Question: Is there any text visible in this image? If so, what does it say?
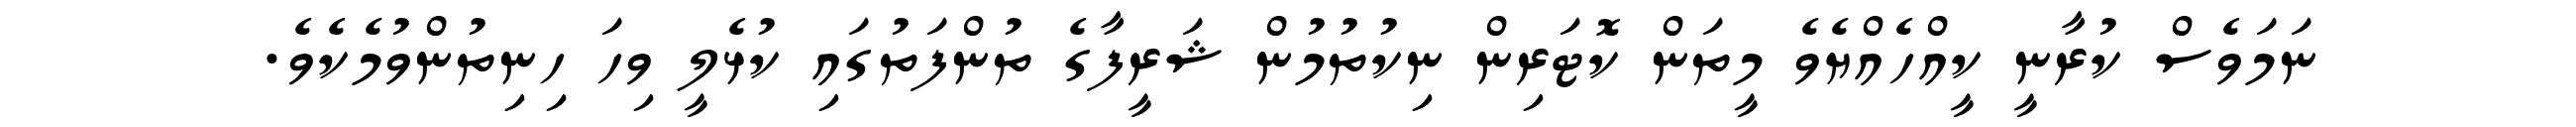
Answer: ނަމަވެސް ކުރާނީ ކީއްހެއްޔެވެ މީތަން ކޮޓަރިން ނިކުތުމުން ޝަރީފާގެ ތުންފަތުގައި ކުޅެލީ ވިހަ ހިނިތުންވުމެކެވެ.